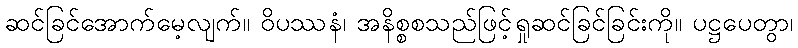
ဆင်ခြင်အောက်မေ့လျက်။ ဝိပဿနံ၊ အနိစ္စစသည်ဖြင့်ရှုဆင်ခြင်ခြင်းကို။ ပဋ္ဌပေတွာ၊